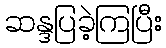
ဆန္ဒပြခဲ့ကြပြီး